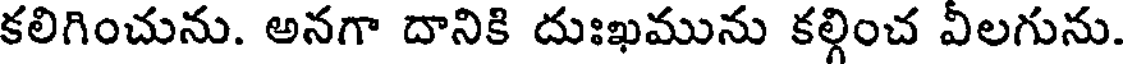
కలిగించును. అనగా దానికి దుఃఖమును కల్గించ వీలగును.